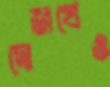
দোজখেও